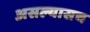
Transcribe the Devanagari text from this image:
असल्यासच